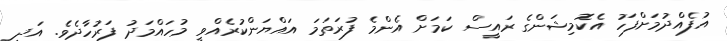
އުފެއްދުމަށްފަހު އެކޮމިޝަންގެ ރައީސް ކަމަށް އެންމެ ފުރަތަމަ އައްޔަންކުރެއްވީ މުހައްމަދު ފަރުހާދެވެ. އަދި